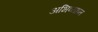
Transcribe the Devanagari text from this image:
अभिव्याप्त